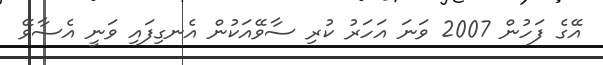
އޭގެ ފަހުން 2007 ވަނަ އަހަރު ކުރި ސާވޭއަކުން އެނގިފައި ވަނީ އެސާވޭ